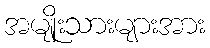
အမျိုးသားများအား